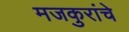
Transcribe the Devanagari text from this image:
मजकुरांचे